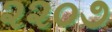
૨૨૦૭